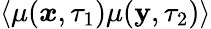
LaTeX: \left<\mu(\boldsymbol{x},\tau_{1})\mu(\boldsymbol{\mathbf{y}},\tau_{2})\right>